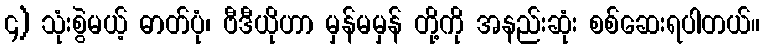
၄) သုံးစွဲမယ့် ဓာတ်ပုံ၊ ဗီဒီယိုဟာ မှန်မမှန် တို့ကို အနည်းဆုံး စစ်ဆေးရပါတယ်။